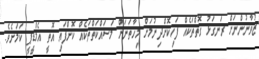
ޒުވާނުންނަށް ރަނގަޅު ގޮތްތަކެއް ފަހިކޮށްދިނުމަށް މިހާތަނަށް މަސައްކަތްތަކެއް ކޮށްފައި އޮތީ އެމްޑީޕީ ކަމަށެވެ.